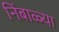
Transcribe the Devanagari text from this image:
निंबाळ्या